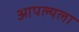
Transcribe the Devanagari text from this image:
आपल्यला